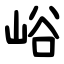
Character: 峪